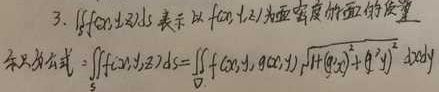
3. \(\iint_{S} f(x,y,z)dS\) 表示以 \(f(x,y,z)\)为面密度的面的质量。计算公式：
\(\iint_{S} f(x,y,z)dS=\iint_{D} f(x,y,g(x,y))\sqrt{1 + \left[g_{x}'(x,y)\right]^{2}+\left[g_{y}'(x,y)\right]^{2}}dxdy\)